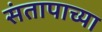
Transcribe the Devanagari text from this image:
संतापाच्या